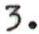
3.